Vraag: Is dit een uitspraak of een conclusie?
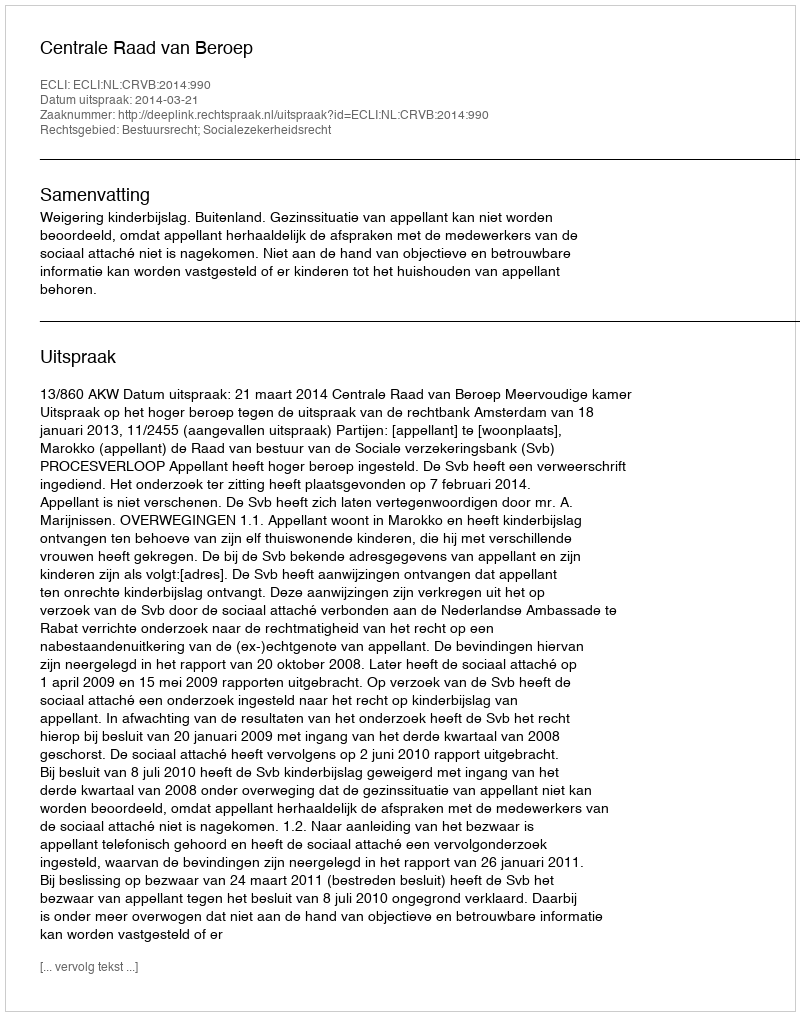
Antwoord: Uitspraak